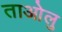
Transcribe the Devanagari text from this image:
ताओलु